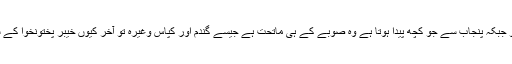
جیسے بجلی، گیس اور تمباکو جبکہ پنجاب سے جو کچھ پیدا ہوتا ہے وہ صوبے کے ہی ماتحت ہے جیسے گندم اور کپاس وغیرہ تو آخر کیوں خیبر پختونخوا کے ساتھ یہ سلوک کیا جا رہا ہے۔